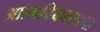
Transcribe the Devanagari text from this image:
आत्मविकासाचा